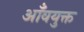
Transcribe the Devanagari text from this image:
आँवयुक्त